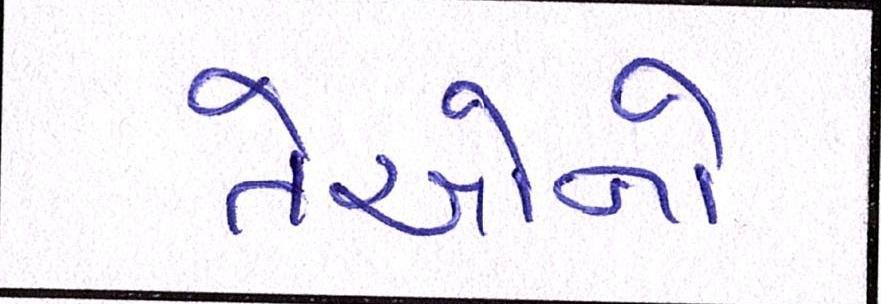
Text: તેઓનો